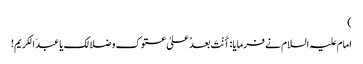
)
امام علیہ السلام نے فرمایا: اٴَنْتَ بعدُ علیٰ عتوک و ضلالک یا عبدَ الکریم!